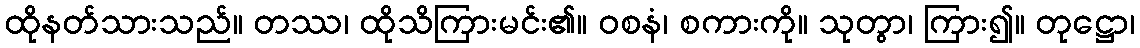
ထိုနတ်သားသည်။ တဿ၊ ထိုသိကြားမင်း၏။ ဝစနံ၊ စကားကို။ သုတွာ၊ ကြား၍။ တုဋ္ဌော၊